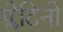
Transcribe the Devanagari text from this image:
प्लेटिनो